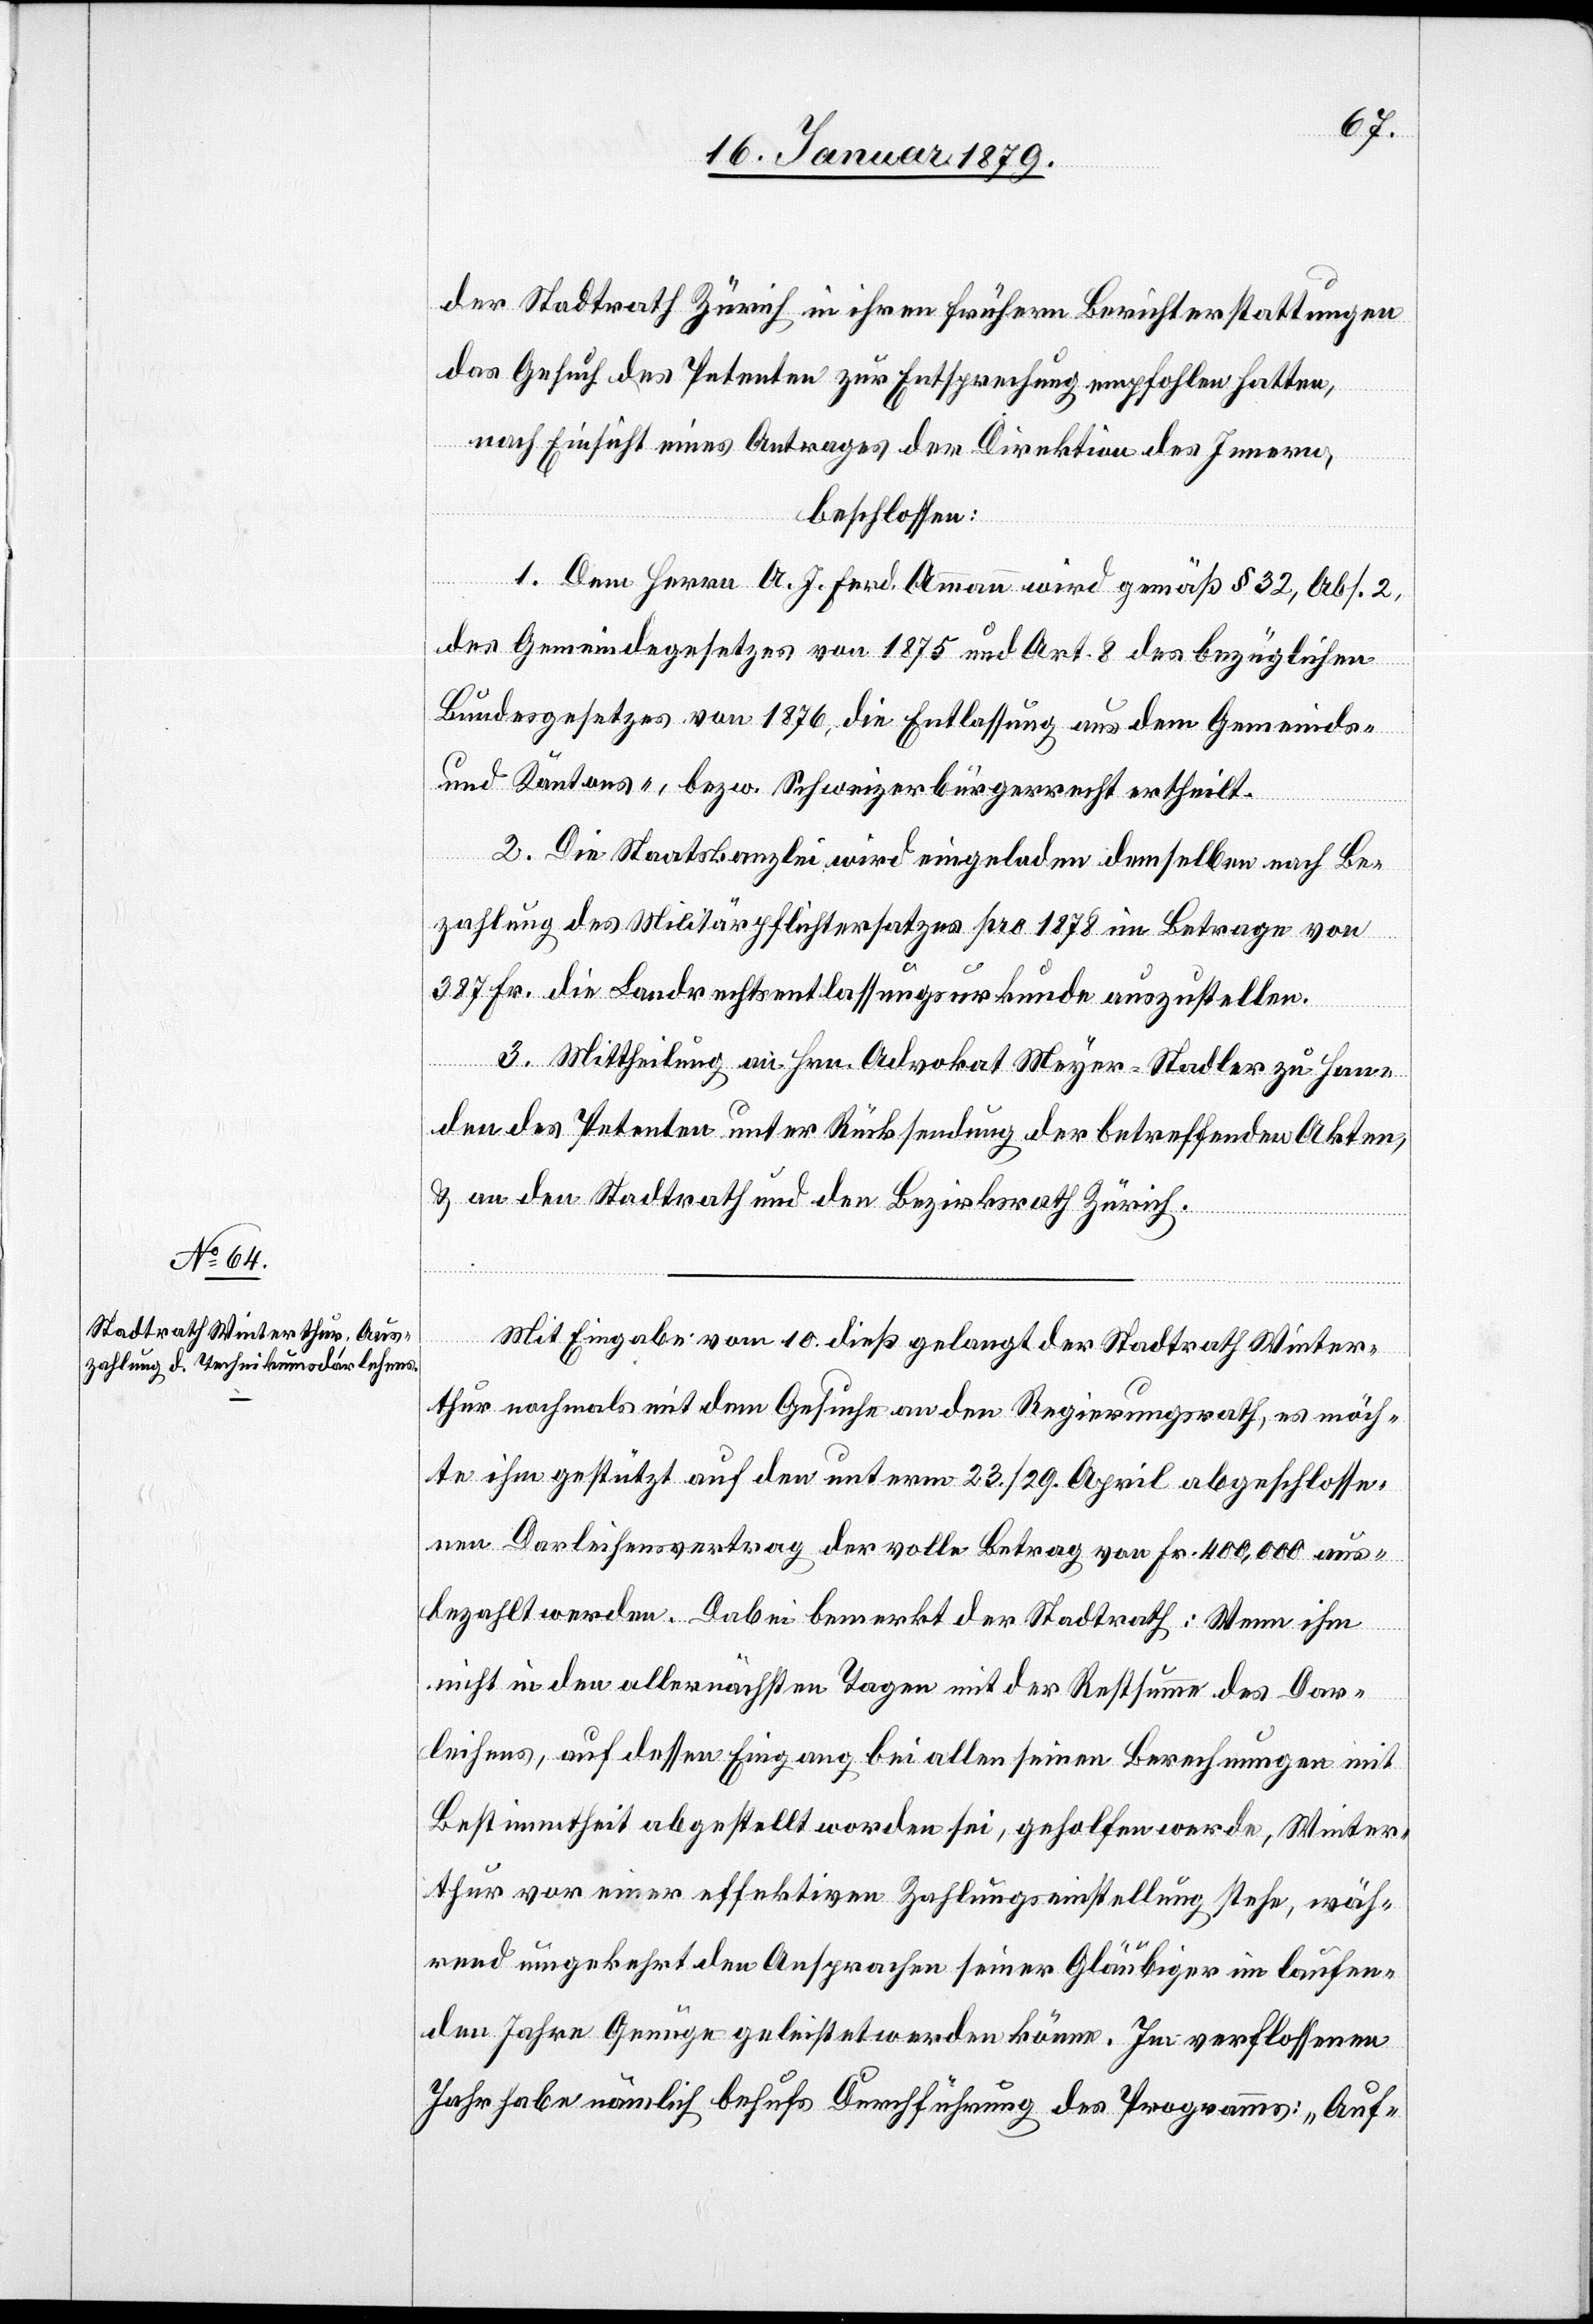
der Stadtrath Zürich in ihren frühern Berichterstattungen
das Gesuch des Petenten zur Entsprechung empfohlen hatten,
nach Einsicht eines Antrages der Direktion des Innern,
beschlossen:
1. Dem Herrn A. J. Ferd. Ammann wird gemäß § 32, Abs. 2,
des Gemeindegesetzes von 1875 und Art. 8 des bezüglichen
Bundesgesetzes von 1876, die Entlassung aus dem Gemeinds-
und Kantons-, bzw. Schweizerbürgerrecht ertheilt.
2. Die Staatskanzlei wird eingeladen, demselben nach Be¬
zahlung des Militärpflichtersatzes pro 1878 im Betrage von
387 Fr. die Landrechtsentlassungsurkunde auszustellen.
3. Mittheilung an Hrn. Advokat Meyer-Stadler zu Han¬
den des Petenten unter Rücksendung der betreffenden Akten,
& an den Stadtrath und den Bezirksrath Zürich.
Mit Eingabe vom 10. dieß gelangt der Stadtrath Winter¬
thur nochmals mit dem Gesuche an den Regierungsrath, es möch¬
te ihm gestützt auf den unterm 23./29. April abgeschlosse¬
nen Darleihensvertrag der volle Betrag von Fr. 400,000 aus¬
bezahlt werden. Dabei bemerkt der Stadtrath: Wenn ihm
nicht in den allernächsten Tagen mit der Restsumme des Dar¬
leihens, auf dessen Eingang bei allen seinen Berechnungen mit
Bestimmtheit abgestellt worden sei, geholfen werde, Winter¬
thur vor einer effektiven Zahlungseinstellung stehe, wäh¬
rend umgekehrt den Ansprachen seiner Gläubiger im laufen¬
den Jahre Genüge geleistet werden könne. Im verflossenen
Jahr habe nämlich behufs Durchführung des Programms: „Auf-